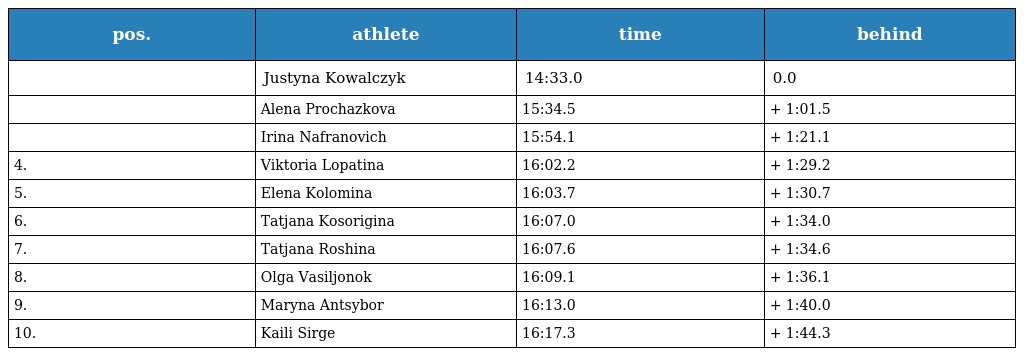
| pos. | athlete | time | behind |
 | --- | --- | --- | --- |
 |  | Justyna Kowalczyk | 14:33.0 | 0.0 |
 |  | Alena Prochazkova | 15:34.5 | + 1:01.5 |
 |  | Irina Nafranovich | 15:54.1 | + 1:21.1 |
 | 4. | Viktoria Lopatina | 16:02.2 | + 1:29.2 |
 | 5. | Elena Kolomina | 16:03.7 | + 1:30.7 |
 | 6. | Tatjana Kosorigina | 16:07.0 | + 1:34.0 |
 | 7. | Tatjana Roshina | 16:07.6 | + 1:34.6 |
 | 8. | Olga Vasiljonok | 16:09.1 | + 1:36.1 |
 | 9. | Maryna Antsybor | 16:13.0 | + 1:40.0 |
 | 10. | Kaili Sirge | 16:17.3 | + 1:44.3 |